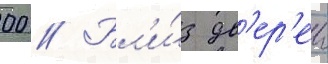
00 // Бл'и́з дв'ер'еи